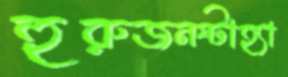
হুরুজনষ্টাহ্যা